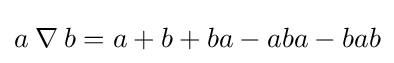
a\mathbin {\nabla } b=a+b+ba-aba-bab